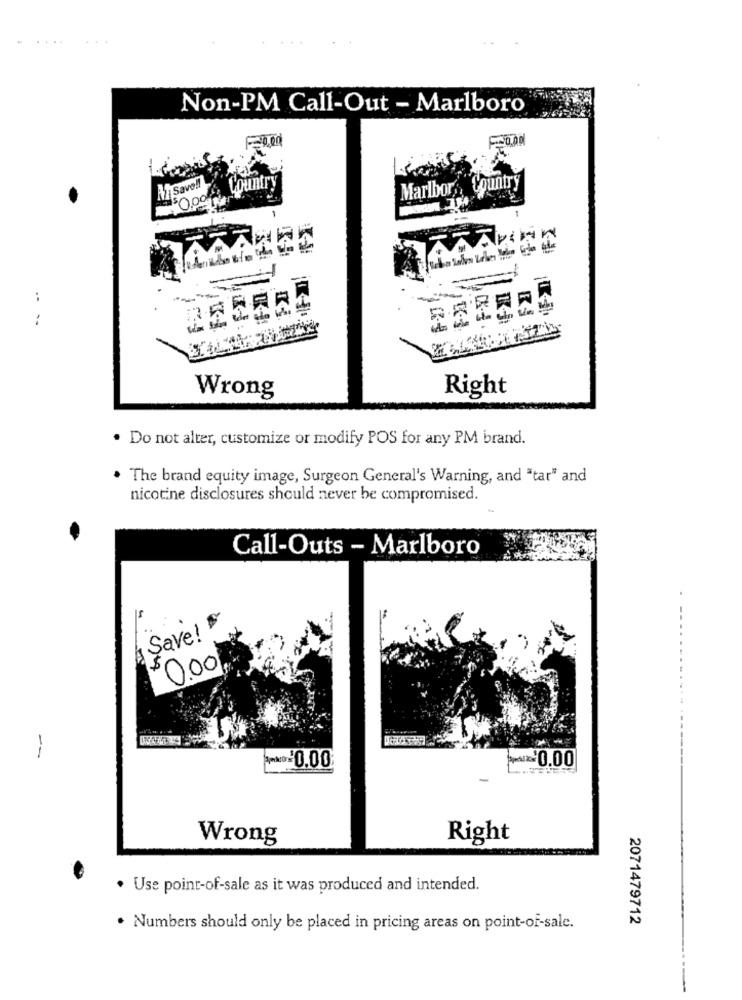
Non-PM Call-Out - Marlboro
Oooh Country
A Save !!
Marlbor Country
0
Wrong
Right
. Do not alter, customize or modify POS for any PM brand.
The brand equity image, Surgeon General's Warning, and "tar" and
nicotine disclosures should never be compromised.
Call-Outs - Marlboro
Save! $
0.00
--
0.00
para$0.00
Wrong
Right
· Use point-of-sale as it was produced and intended.
2071479712
. Numbers should only be placed in pricing areas on point-of-sale.